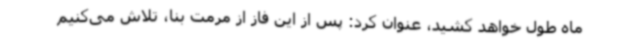
ماه طول خواهد کشید، عنوان کرد: پس از این فاز از مرمت بنا، تلاش می‌کنیم